Annual report on the working of the Harcourt Butler Institute of Public Health, Rangoon
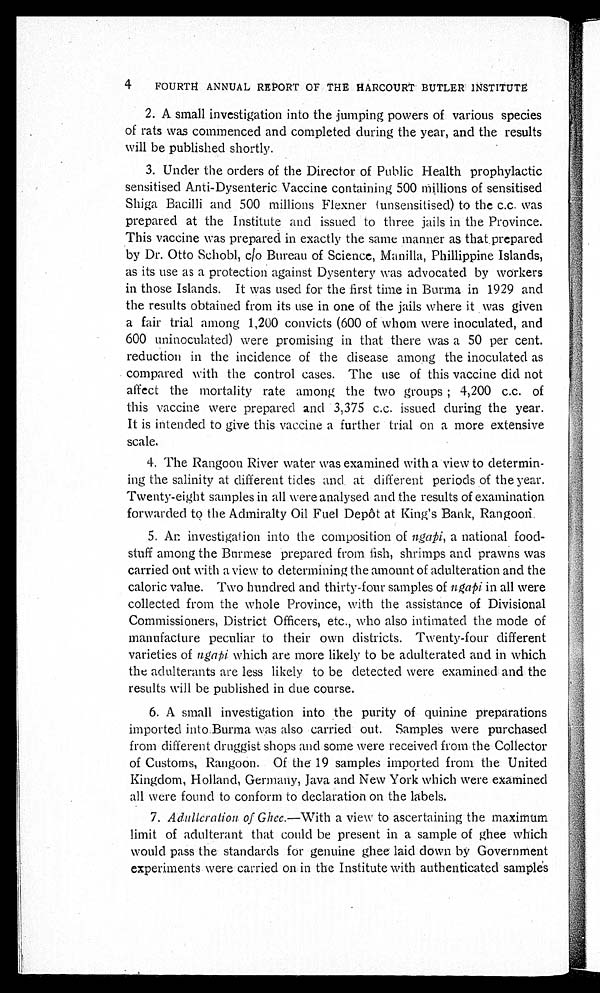
4 FOURTH ANNUAL REPORT OF THE HARCOURT BUTLER INSTITUTE
2. A small investigation into the jumping powers of various species
of rats was commenced and completed during the year, and the results
will be published shortly.
3.Under the orders of the Director of Public Health prophylactic
sensitised Anti-Dysenteric Vaccine containing 500 millions of sensitised
Shiga Bacilli. and 500 millions Flexner (unsensitised) to the c.c. was
prepared at the Institute and issued to three jails in the Province.
This vaccine was prepared in exactly the same manner as that prepared
b y Dr . Ot t o S c h o b l , c / o Bu r e a u o f S c i e n c e , Ma n i l l a , P h i l l i p p i n e I s l a n d s ,
as its use as a protection against Dysentery was advocated by workers
in those Islands. It was used for the first time in Burma in 1929 and
the results obtained from its use in one of the jails where it was given
a fair trial among 1,200 convicts (600 of whom were inoculated, and
600 uninoculated) were promising in that there was a 50 per cent.
reduction in the incidence of the disease among the inoculated as
compared with the control cases. The use of this vaccine did not
affect the mortality rate among the two groups; 4,200 c.c. of
this vaccine were prepared and 3,375 c.c. issued during the year.
It is intended to give this vaccine a further trial on a more extensive
scale.
4.The Rangoon River water was examined with a view to determin
- i n g t h e s a l i n i t y a t d i f f e r e n t t i d e s a n d a t d i f f e r e n t p e r i o d s o f t h e y e a r .
Twenty-eight samples in all were analysed and the results of examination
forwarded to the Admiralty Oil Fuel Depôt at King's Bank, Rangoon,
5.An investigation into the composition of ngapi, a national food-
stuff among the Burmese prepared from fish, shrimps and prawns was
carried out with a view to determining the amount of adulteration and the
caloric value. Two hundred and thirty-four samples of ngapi in all were
collected from the whole Province, with the assistance of Divisional
Commissioners, District Officers, etc., who also intimated the mode of
manufacture peculiar to their own districts. Twenty-four different
varieties of ngapi which are more likely to be adulterated and in which
the adulterants are less likely to be detected were examined and the
results will be published in clue course.
6.A small investigation into the purity of quinine preparations
imported into .Burma was also carried out. Samples were purchased
from different druggist shops and some were received from the Collector
of Customs, Rangoon. Of the 19 samples imported from the United
Kingdom, Holland, Germany, Java and New York which were examined
all were found to conform to declaration on the labels.
7.Adulteration of Ghee. — W i t h a v i e w t o a s c e r t a i n i n g t h e m a x i m u m
limit of adulterant that could be present in a sample of ghee which
would pass the standards for genuine ghee laid down by Government
experiments were carried on in the Institute with authenticated samples